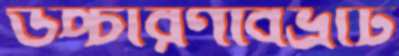
উচ্চারণবিভ্রাট